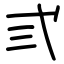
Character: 弎